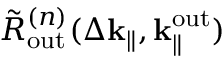
\Tilde { R } _ { \mathrm { o u t } } ^ { ( n ) } ( \Delta \mathbf { k } _ { \parallel } , \mathbf { k } _ { \parallel } ^ { \mathrm { o u t } } )